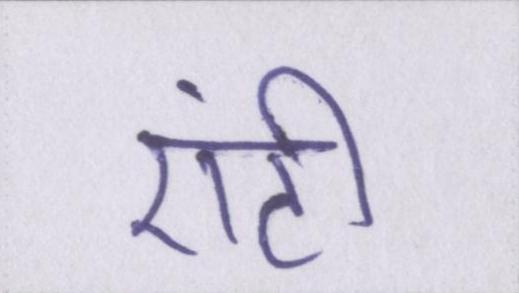
एंटी